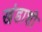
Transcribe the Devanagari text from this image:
खंडाशी